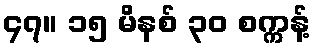
၄၇။ ၁၅ မိနစ် ၃၀ စက္ကန့်